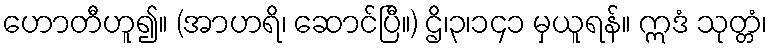
ဟောတီဟူ၍။ (အာဟရိ၊ ဆောင်ပြီ။) ဌိ၊၃၊၁၄၁ မှယူရန်။ ဣဒံ သုတ္တံ၊